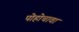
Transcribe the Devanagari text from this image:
पोहोचावा